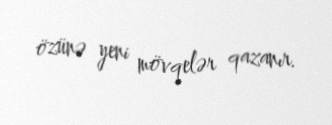
özünə yeni mövqelər qazanır.